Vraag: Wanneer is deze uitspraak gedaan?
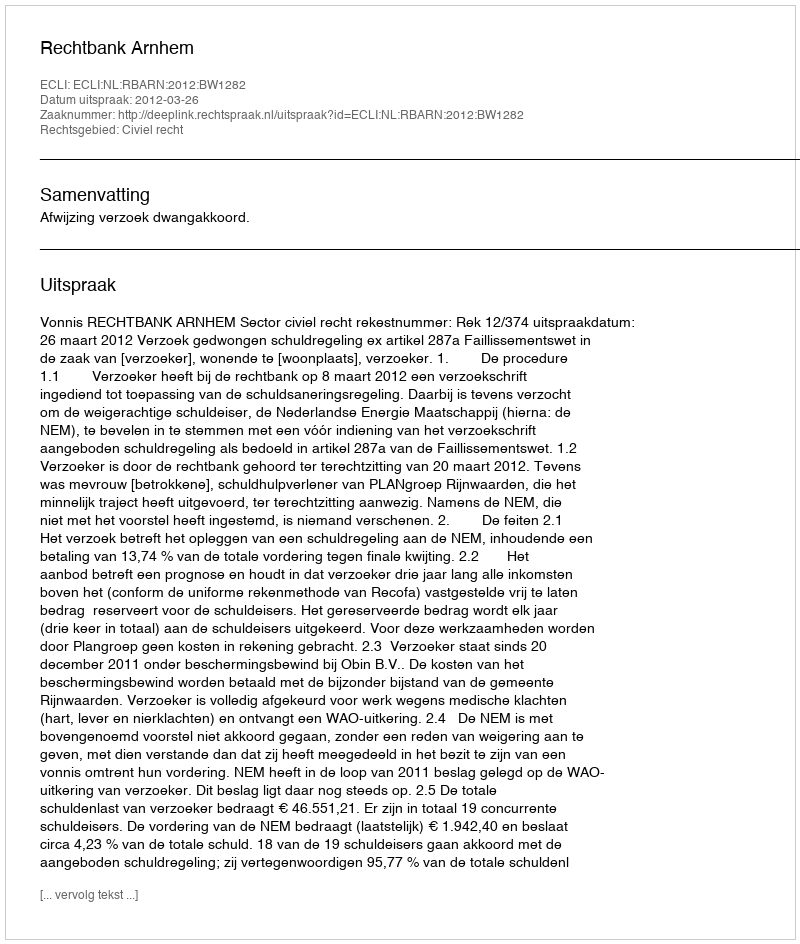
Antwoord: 2012-03-26